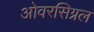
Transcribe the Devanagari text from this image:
ओवरसिग्नल